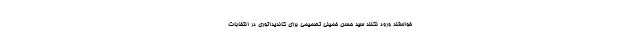
خواستند ورود نکنند سید حسن خمینی تصمیمی برای کاندیداتوری در انتخابات